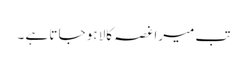
تب میرا غصہ کالا ہو جا تا ہے ۔